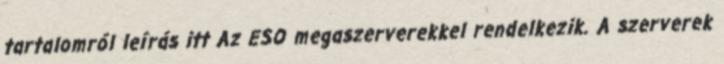
tartalomról leírás itt Az ESO megaszerverekkel rendelkezik. A szerverek